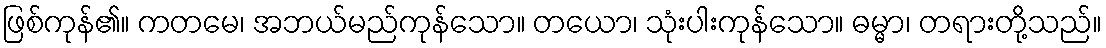
ဖြစ်ကုန်၏။ ကတမေ၊ အဘယ်မည်ကုန်သော။ တယော၊ သုံးပါးကုန်သော။ ဓမ္မာ၊ တရားတို့သည်။